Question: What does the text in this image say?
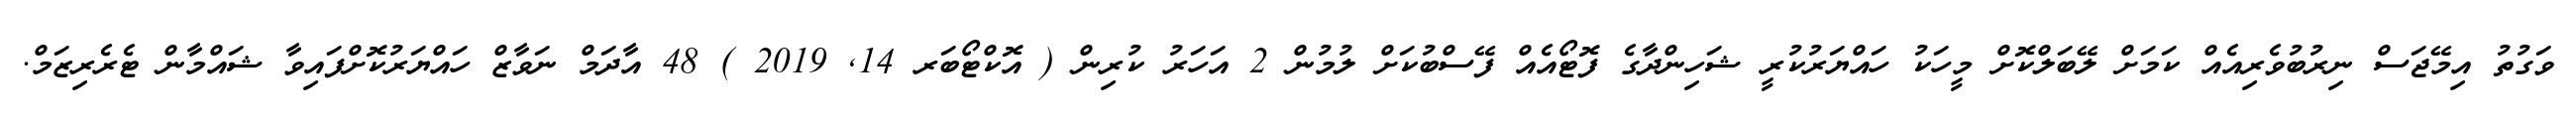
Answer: ވަގުތު އިމޭޖަސް ނިރުބުވެރިއެއް ކަމަށް ލޭބަލްކޮށް މީހަކު ހައްޔަރުކުރީ ޝަހިންދާގެ ފޮޓޯއެއް ފޭސްބުކަށް ލުމުން 2 އަހަރު ކުރިން ( އޮކްޓޯބަރ 14, 2019 ) 48 އާދަމް ނަވާޒް ހައްޔަރުކޮށްފައިވާ ޝައްމާން ޓެރެރިޒަމް.